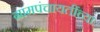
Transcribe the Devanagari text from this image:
ग्रामपंचायतींच्या